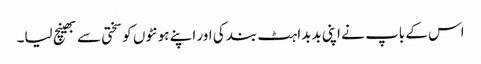
اس کے باپ نے اپنی بدبداہٹ بند کی اور اپنے ہونٹوں کو سختی سے بھینچ لیا۔